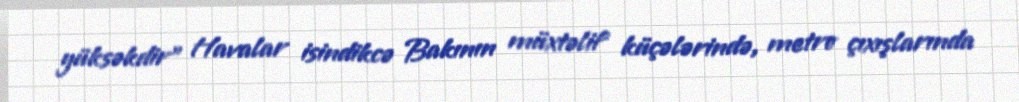
yüksəkdir” Havalar isindikcə Bakının müxtəlif küçələrində, metro çıxışlarında